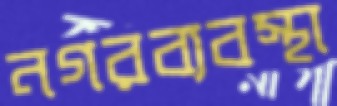
নগরব্যবস্থা